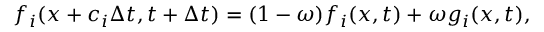
f _ { i } ( x + c _ { i } \Delta t , t + \Delta t ) = ( 1 - \omega ) f _ { i } ( x , t ) + \omega g _ { i } ( x , t ) ,